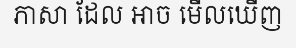
ភាសា ដែល អាច មើលឃើញ